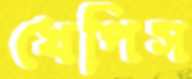
খেপিস